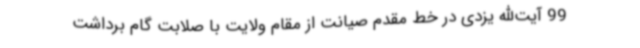
99 آیت‌الله یزدی در خط مقدم صیانت از مقام ولایت با صلابت گام برداشت